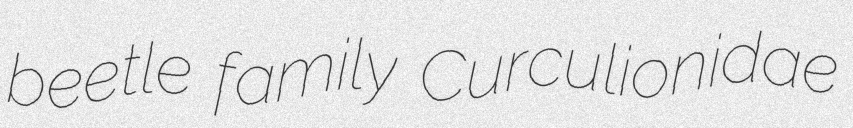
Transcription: beetle family Curculionidae